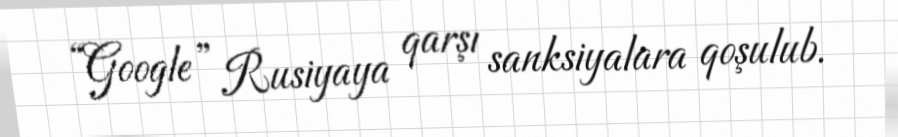
“Google” Rusiyaya qarşı sanksiyalara qoşulub.